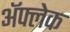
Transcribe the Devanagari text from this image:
अॅफ्लेक